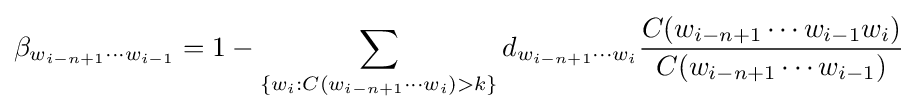
\beta _{w_{i-n+1}\cdots w_{i-1}}=1-\sum _{\{w_{i}:C(w_{i-n+1}\cdots w_{i})>k\}}d_{w_{i-n+1}\cdots w_{i}}{\frac {C(w_{i-n+1}\cdots w_{i-1}w_{i})}{C(w_{i-n+1}\cdots w_{i-1})}}